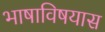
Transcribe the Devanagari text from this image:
भाषाविषयास